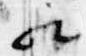
歟